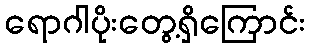
ရောဂါပိုးတွေ့ရှိကြောင်း